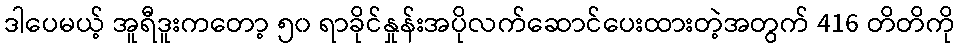
ဒါပေမယ့် အူရီဒူးကတော့ ၅၀ ရာခိုင်နှုန်းအပိုလက်ဆောင်ပေးထားတဲ့အတွက် 416 တိတိကို